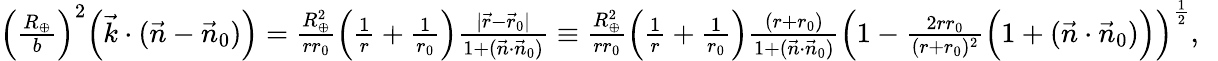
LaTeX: \begin{array}{r}{\Big(\frac{R_{\oplus}}{b}\Big)^{2}\Big({\vec{k}}\cdot({\vec{n}}-{\vec{n}}_{0})\Big)=\frac{R_{\oplus}^{2}}{rr_{0}}\Big(\frac{1}{r}+\frac{1}{r_{0}}\Big)\frac{|\vec{r}-\vec{r}_{0}|}{1+(\vec{n}\cdot\vec{n}_{0})}\equiv\frac{R_{\oplus}^{2}}{rr_{0}}\Big(\frac{1}{r}+\frac{1}{r_{0}}\Big)\frac{(r+r_{0})}{1+(\vec{n}\cdot\vec{n}_{0})}\Big(1-\frac{2rr_{0}}{(r+r_{0})^{2}}\Big(1+(\vec{n}\cdot\vec{n}_{0})\Big)\Big)^{\frac{1}{2}},~~}\end{array}